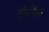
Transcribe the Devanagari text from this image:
होर्मोनी